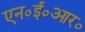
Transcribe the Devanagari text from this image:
एन०ई०आर०